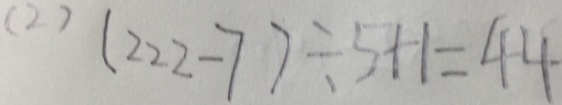
( 2 ) ( 2 2 2 - 7 ) \div 5 + 1 = 4 4